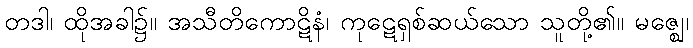
တဒါ၊ ထိုအခါ၌။ အသီတိကောဋိနံ၊ ကုဋေရှစ်ဆယ်သော သူတို့၏။ မဇ္ဈေ၊